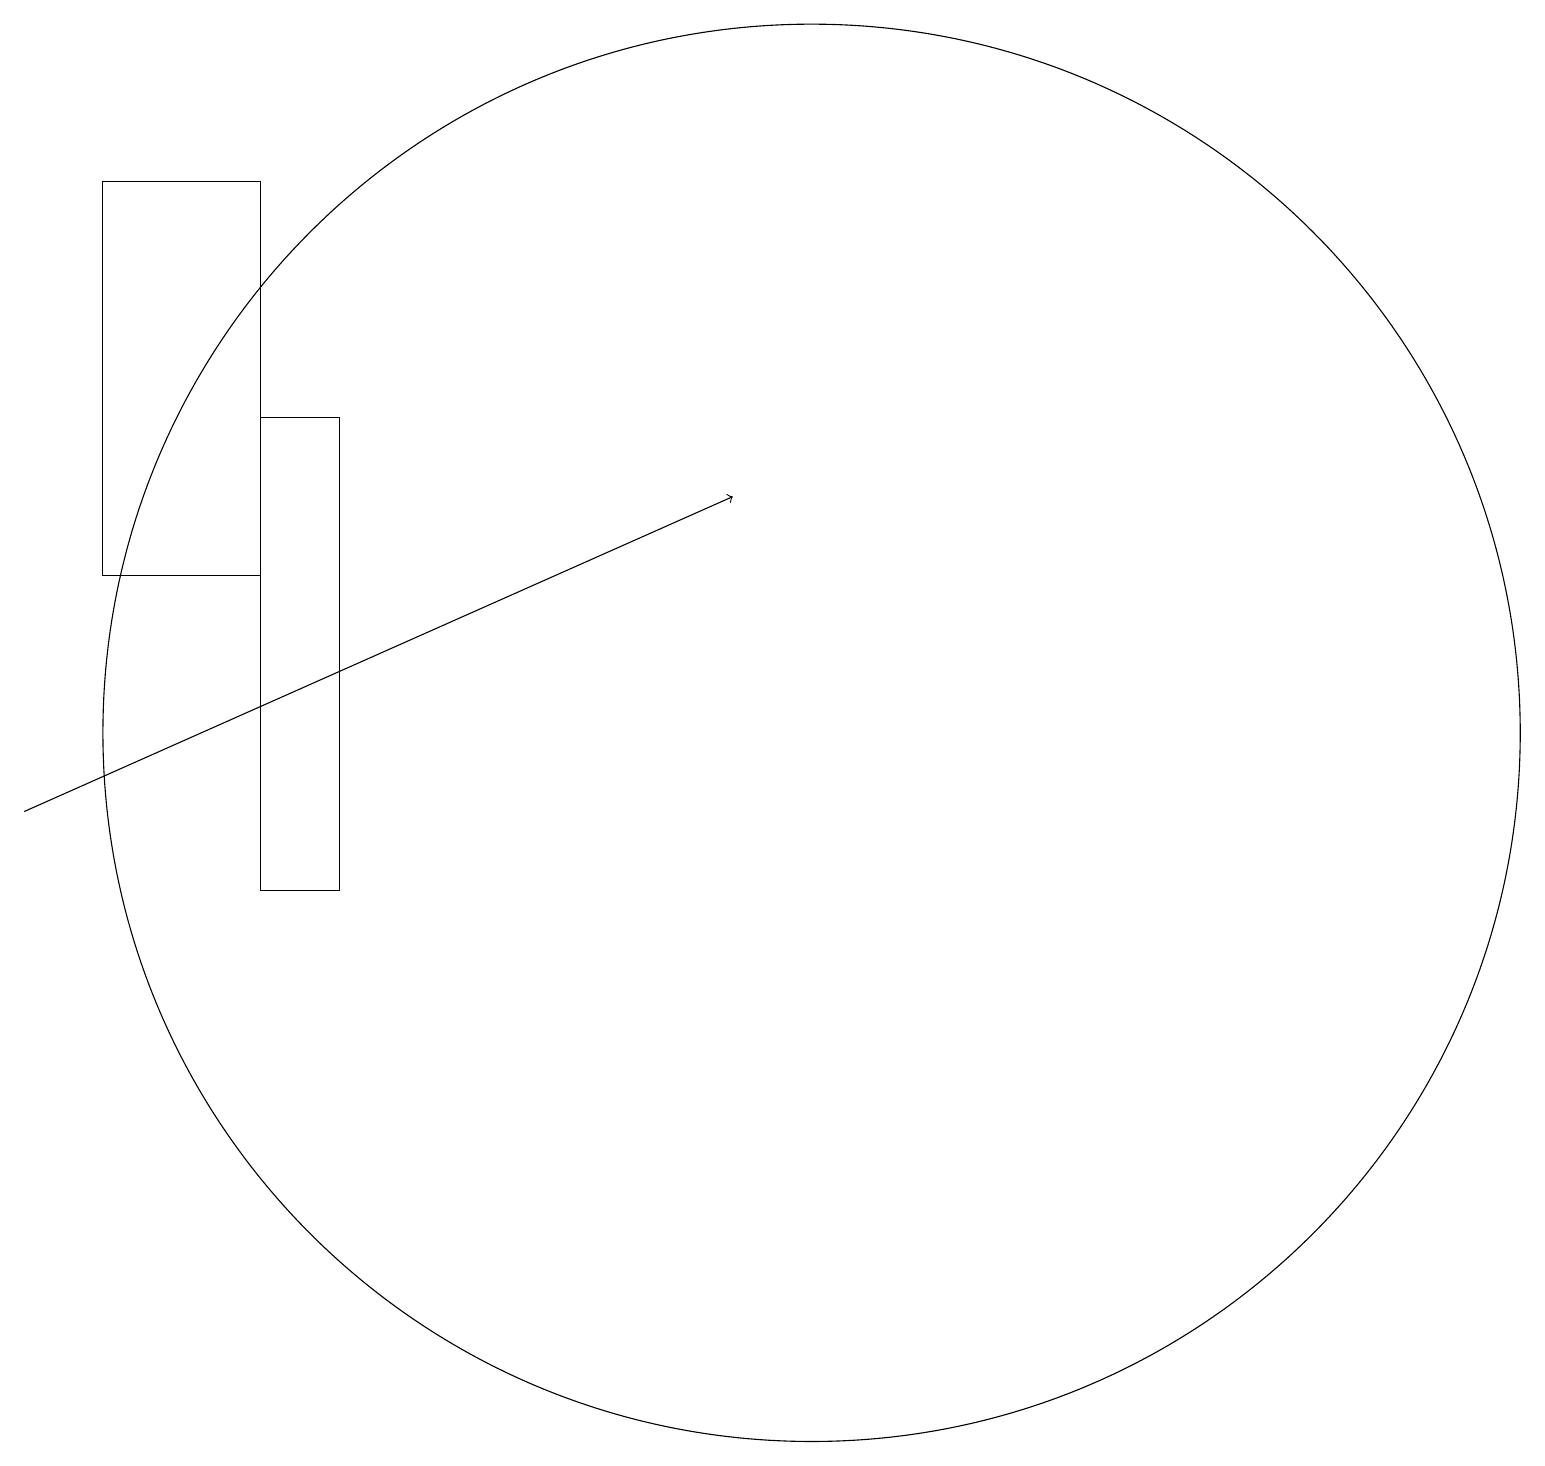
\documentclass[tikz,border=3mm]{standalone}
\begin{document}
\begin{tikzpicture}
\draw[->] (0,11) -- (9,15);
\draw (10,12) circle (9);
\draw (3,16) rectangle (4,10);
\draw (1,14) rectangle (3,19);
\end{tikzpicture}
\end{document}